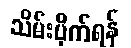
သိမ်းပိုက်ရန်